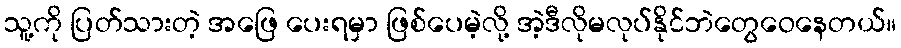
သူ့ကို ပြတ်သားတဲ့ အဖြေ ပေးရမှာ ဖြစ်ပေမဲ့လို့ အဲ့ဒီလိုမလုပ်နိုင်ဘဲတွေဝေနေတယ်။